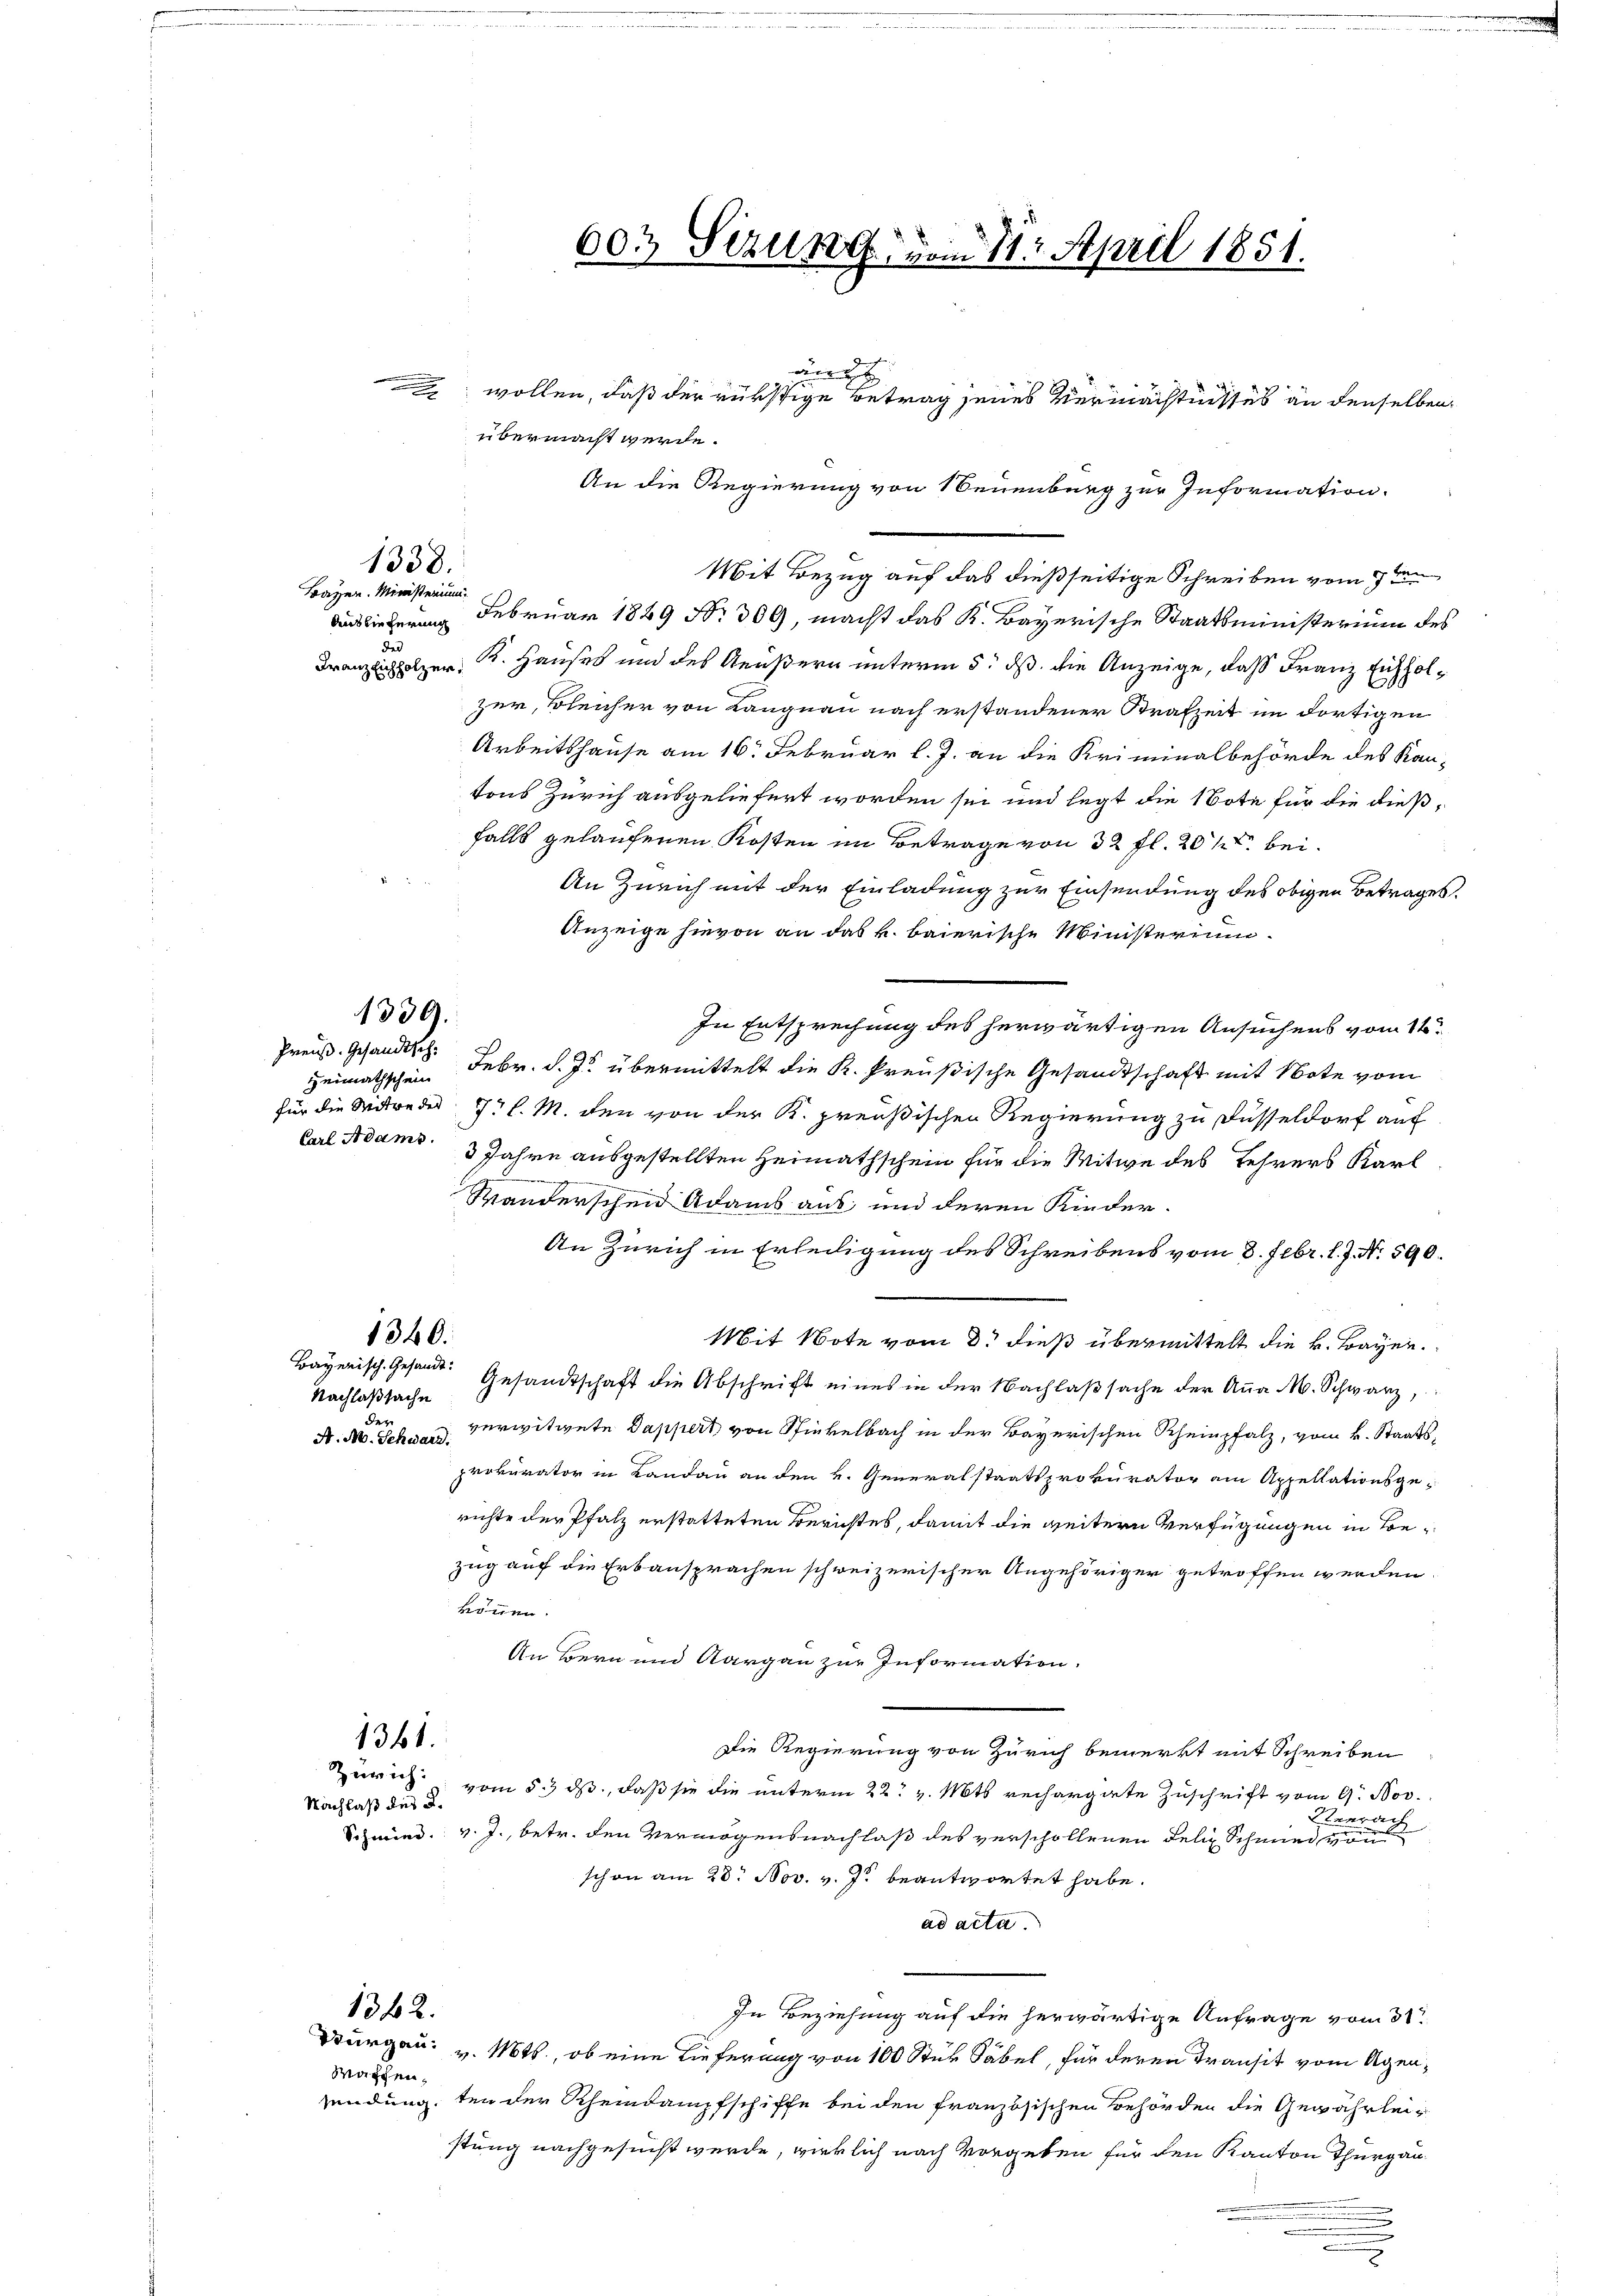
übermacht werde.
An die Regierung von Neuenburg zur Information.
Mit Bezug auf das dießseitige Schreiben vom 17 ten
Februar 1849 No 309, macht das K. Bayerische Staatsministerium des
Franzeichholzer . Hauses und des Aeußern unterm 5. ds. die Anzeige, daß Franz Eichholzur, Bleicher von Langnau nach erstandener Strafzeit im dortigen
Arbeitshause am 16. Februar l. J. an die Kriminalbehörde des Kantons Zürich ausgeliefert worden sei und legt die Bote für die dießfalls gelaufenen Kosten im Betrage von 32 fl. 20 % bei¬
An Zürich mit der Einladung zur Einsendung des obigen Betrages.
Anzeige hievon an das k. baierische Ministerium
In Entsprechung des herwärtigen Ansuchens vom 14.
Heimathschein Febr. d. Js. übermittelt die K. Preußische Gesandtschaft mit Note vom
für die Mitweder 7 l. M. den von der K. preußischen Regierung zu Füsseldorf auf
3 Jahre ausgestellten Heimathschein für die Witwe des Lehrers Karl
Wänderschen Adams aus, und deren Kinder-
An Zürich in Erledigung des Schreibens vom 8. Febr. l. J. N. 890.
1340.
Mit Note vom 8. dieß übermittelt die k. Bayer.
Bayerisch. Gesandt.
Gesandtschaft die Abschrift eines in der Nachlaßsache der Anna M. Schwarz,
Nachlaßsache
der
verwitwete Dappert von Stickelbach in der Bayerischen Rheinpfalz, vom 4. Staats-
A. M. Schward.
prokurator in Landau an den k. Generalstaatsprokurator am Appellationsge-
richte der Pfalz erstatteten Berichtes, damit die weitern Verfügungen in Bezug auf die Erbansprachen schweizerischer Angehöriger getroffen werden
können.
An Bern und Aargau zur Information.
1361.
Die Regierung von Zürich bemerkt mit Schreiben
Zürich vom 5. ds., daß sie die unterm 22t v. Mts rechargate Zuschrift vom 9. Nov.
Nachlaß des L.
Ba
r
Schmied. v. J., betr. den Vermögensnachlaß des verschollenen Felix Schmied von
schon am 28. Nov. v. J. beantwortet habe.
ad acta.
1362.
In Beziehung auf die herwärtige Anfrage vom 31.
Durgau: v. Mts., ob eine Lieferung von 100 Stur Säbel, für deren Transit vom Agen¬
Waschen.
sendung, ten der Rheindampfschiffe bei den französischen Behörden die Gewährleistung nachgesucht werde, wirklich nach Vorgeben für den Kanton Thurgau

1338.

Carl Adams.

1339.
Preuß. Gesandtsch.

Bayer. Ministerium
Auslieferung
der

603 Sizung vom 11. April 1851.

g
wollen, daß der rüstige Betrag jenes Vermächtnisses an denselben